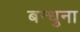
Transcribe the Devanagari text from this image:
बन्धुना